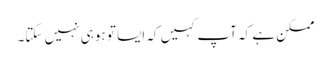
ممکن ہے کہ آپ کہیں کہ ایسا تو ہو ہی نہیں سکتا۔